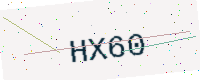
Text: HX60